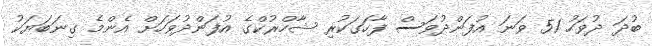
ބުދަ ދުވަހު 51 ވަނަ އުފަންދުވަސް ފާހަގަކުރި ޝާހްރުކްގެ އުފަންދުވަހަށް އެންމެ ގިނަބަޔަކު